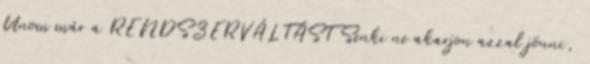
Unom már a RENDSZERVÁLTÁST Senki ne akarjon azzal jönni,